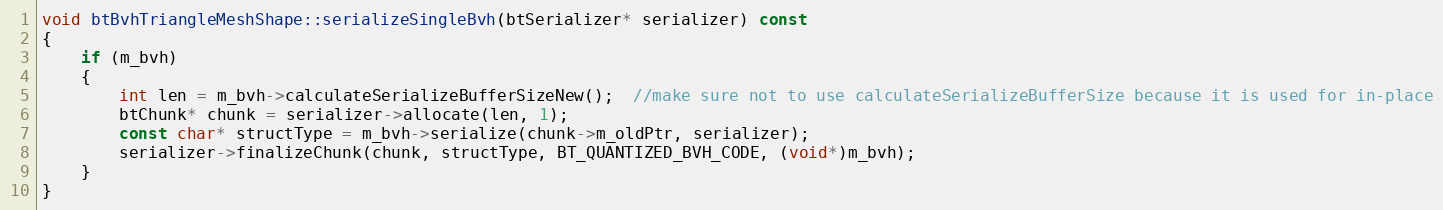
Language: C++
void btBvhTriangleMeshShape::serializeSingleBvh(btSerializer* serializer) const
{
	if (m_bvh)
	{
		int len = m_bvh->calculateSerializeBufferSizeNew();  //make sure not to use calculateSerializeBufferSize because it is used for in-place
		btChunk* chunk = serializer->allocate(len, 1);
		const char* structType = m_bvh->serialize(chunk->m_oldPtr, serializer);
		serializer->finalizeChunk(chunk, structType, BT_QUANTIZED_BVH_CODE, (void*)m_bvh);
	}
}